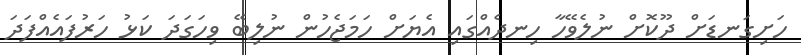
ހަށިގަނޑަށް ދޫކޮށް ނުލެވޭހާ ހިނދެއްގައި އެޔަށް ހަމަޖެހުން ނުލިބޭ ވިހަގަދަ ކަޅު ހަރުފައެއްފަދަ